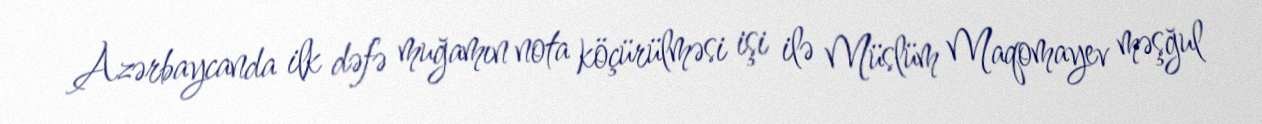
Azərbaycanda ilk dəfə muğamın nota köçürülməsi işi ilə Müslüm Maqomayev məşğul